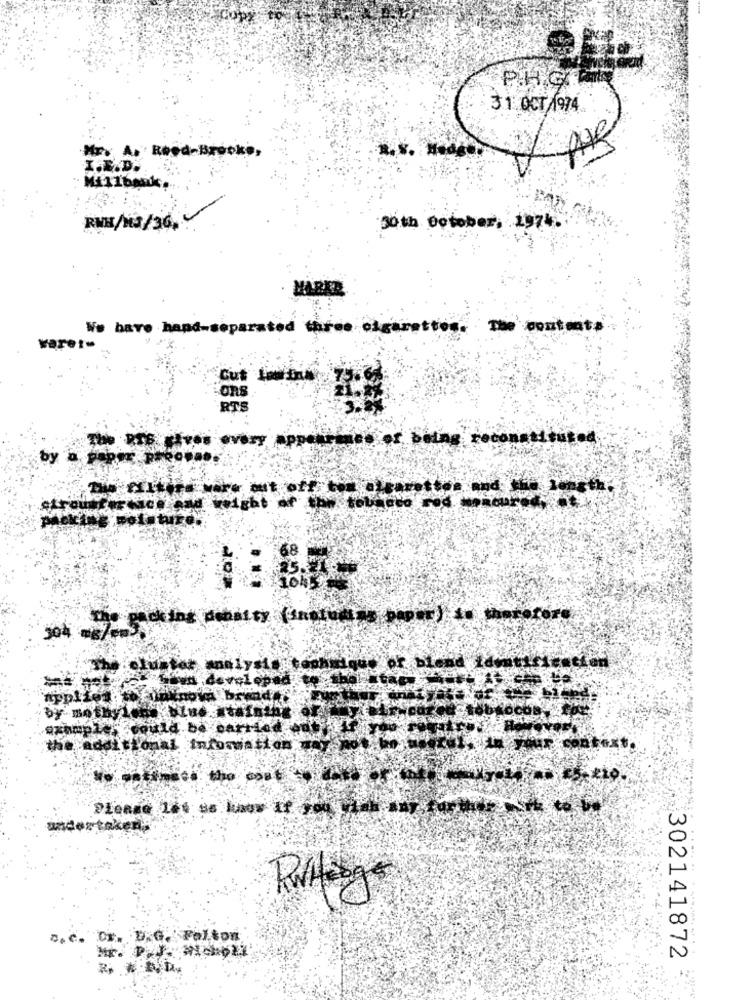
31 OCT 1974
Mr. A. Reed-Brooke
PAR
I.E.D.
RME/13/36. 4.
30th October, 1974.
We have hand-separated three cigarettes. The contents:
varet.
Cut
Ons
RTS
Tor bains reconstituted
every appel
light at a toutes
304. Backing debatty (saplus)
"The cluster analysis technique or ble
toun developed to b
bloCOB
example" could be carried edt
the additional information may
Please Let se luas If you
undertaken;
D.C. Dr. D.G. Falton
302141872